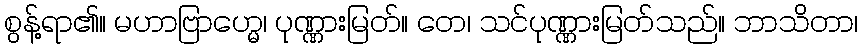
စွန့်ရာ၏။ မဟာဗြာဟ္မေ၊ ပုဏ္ဏားမြတ်။ တေ၊ သင်ပုဏ္ဏားမြတ်သည်။ ဘာသိတာ၊